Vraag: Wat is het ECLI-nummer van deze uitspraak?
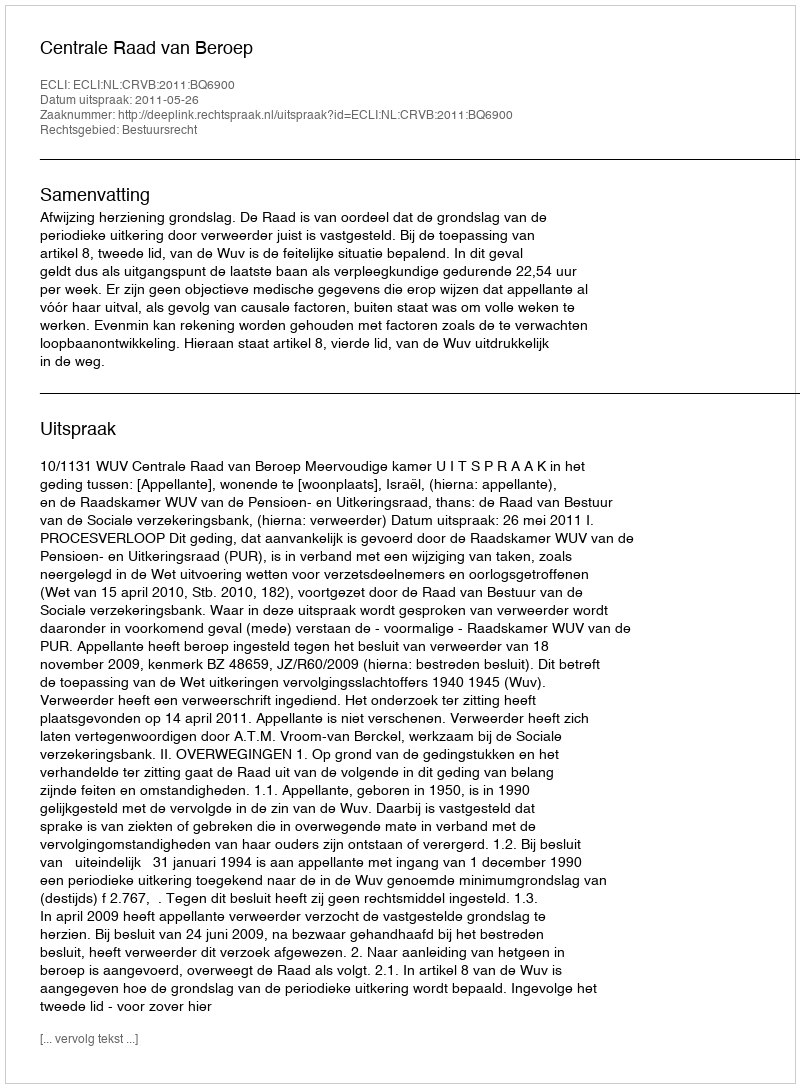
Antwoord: ECLI:NL:CRVB:2011:BQ6900